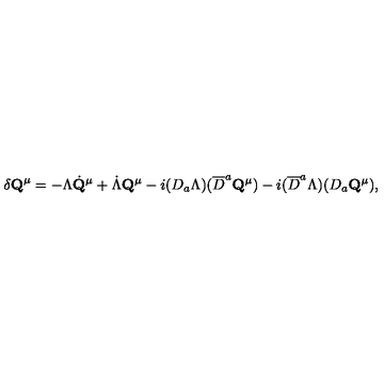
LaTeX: \delta { \bf Q } ^ { \mu } = - \Lambda \dot { \bf Q } ^ { \mu } + \dot { \Lambda } { \bf Q } ^ { \mu } - i ( D _ { a } \Lambda ) ( \overline { { D } } ^ { a } { \bf Q } ^ { \mu } ) - i ( \overline { { D } } ^ { a } \Lambda ) ( D _ { a } { \bf Q } ^ { \mu } ) ,